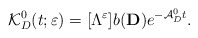
\begin{align*}\mathcal{K}_D^0(t;\varepsilon)=[\Lambda ^\varepsilon]b(\mathbf{D})e^{-\mathcal{A}_D^0 t} .\end{align*}